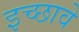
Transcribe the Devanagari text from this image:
इच्छावे